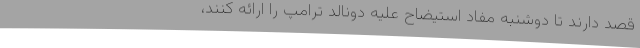
قصد دارند تا دوشنبه مفاد استیضاح علیه دونالد ترامپ را ارائه کنند،